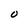
Character: O